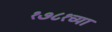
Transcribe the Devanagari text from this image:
१७८१च्या